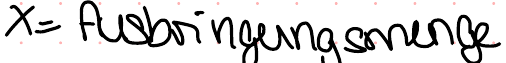
X = Ausbringungsmenge